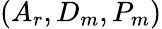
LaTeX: (A_{r},D_{m},P_{m})